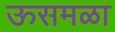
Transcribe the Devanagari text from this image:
ऊसमळा